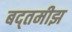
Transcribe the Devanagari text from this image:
बद्तमीझ